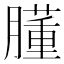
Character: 𦡦